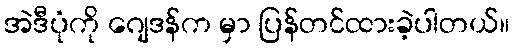
အဲဒီပုံကို ဂျေဒန်က မှာ ပြန်တင်ထားခဲ့ပါတယ်။